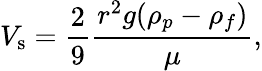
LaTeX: V_{\mathrm{s}}={\frac{2}{9}}{\frac{r^{2}g(\rho_{p}-\rho_{f})}{\mu}},